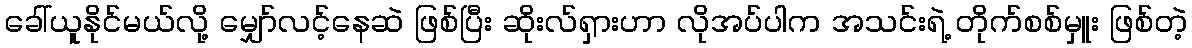
ခေါ်ယူနိုင်မယ်လို့ မျှော်လင့်နေဆဲ ဖြစ်ပြီး ဆိုးလ်ရှားဟာ လိုအပ်ပါက အသင်းရဲ့ တိုက်စစ်မှူး ဖြစ်တဲ့